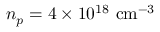
n _ { p } = 4 \times 1 0 ^ { 1 8 } \ \mathrm { c m ^ { - 3 } }